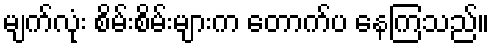
မျက်လုံး စိမ်းစိမ်းများက တောက်ပ နေကြသည်။